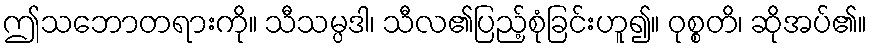
ဤသဘောတရားကို။ သီသမ္ပဒါ၊ သီလ၏ပြည့်စုံခြင်းဟူ၍။ ဝုစ္စတိ၊ ဆိုအပ်၏။